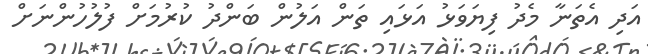
އަދި އެތަނާ މެދު ފިޔަވަޅު އަޅައި ތަން އަލުން ބަންދު ކުރުމަށް ފުލުހުންނަށް